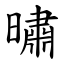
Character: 㬘